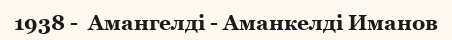
1938 -  Амангелді - Аманкелді Иманов